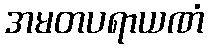
အမတပရာယဏံ